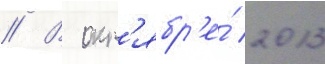
// В окт'ябр'е́ 2013